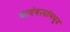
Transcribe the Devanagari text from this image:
कादंबऱ्यांमधून